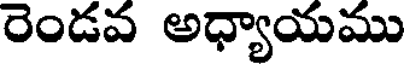
రెండవ అధ్యాయము